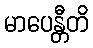
မာပေန္တီတိ